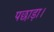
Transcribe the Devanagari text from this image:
पछाड़ा।